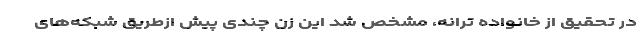
در تحقیق از خانواده ترانه، مشخص شد این زن چندی پیش از‌طریق شبکه‌های